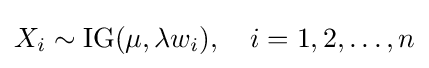
X_{i}\sim \operatorname {IG} (\mu ,\lambda w_{i}),\,\,\,\,\,\,i=1,2,\ldots ,n